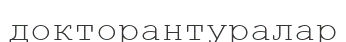
докторантуралар